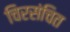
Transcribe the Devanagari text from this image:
चिरसंचित